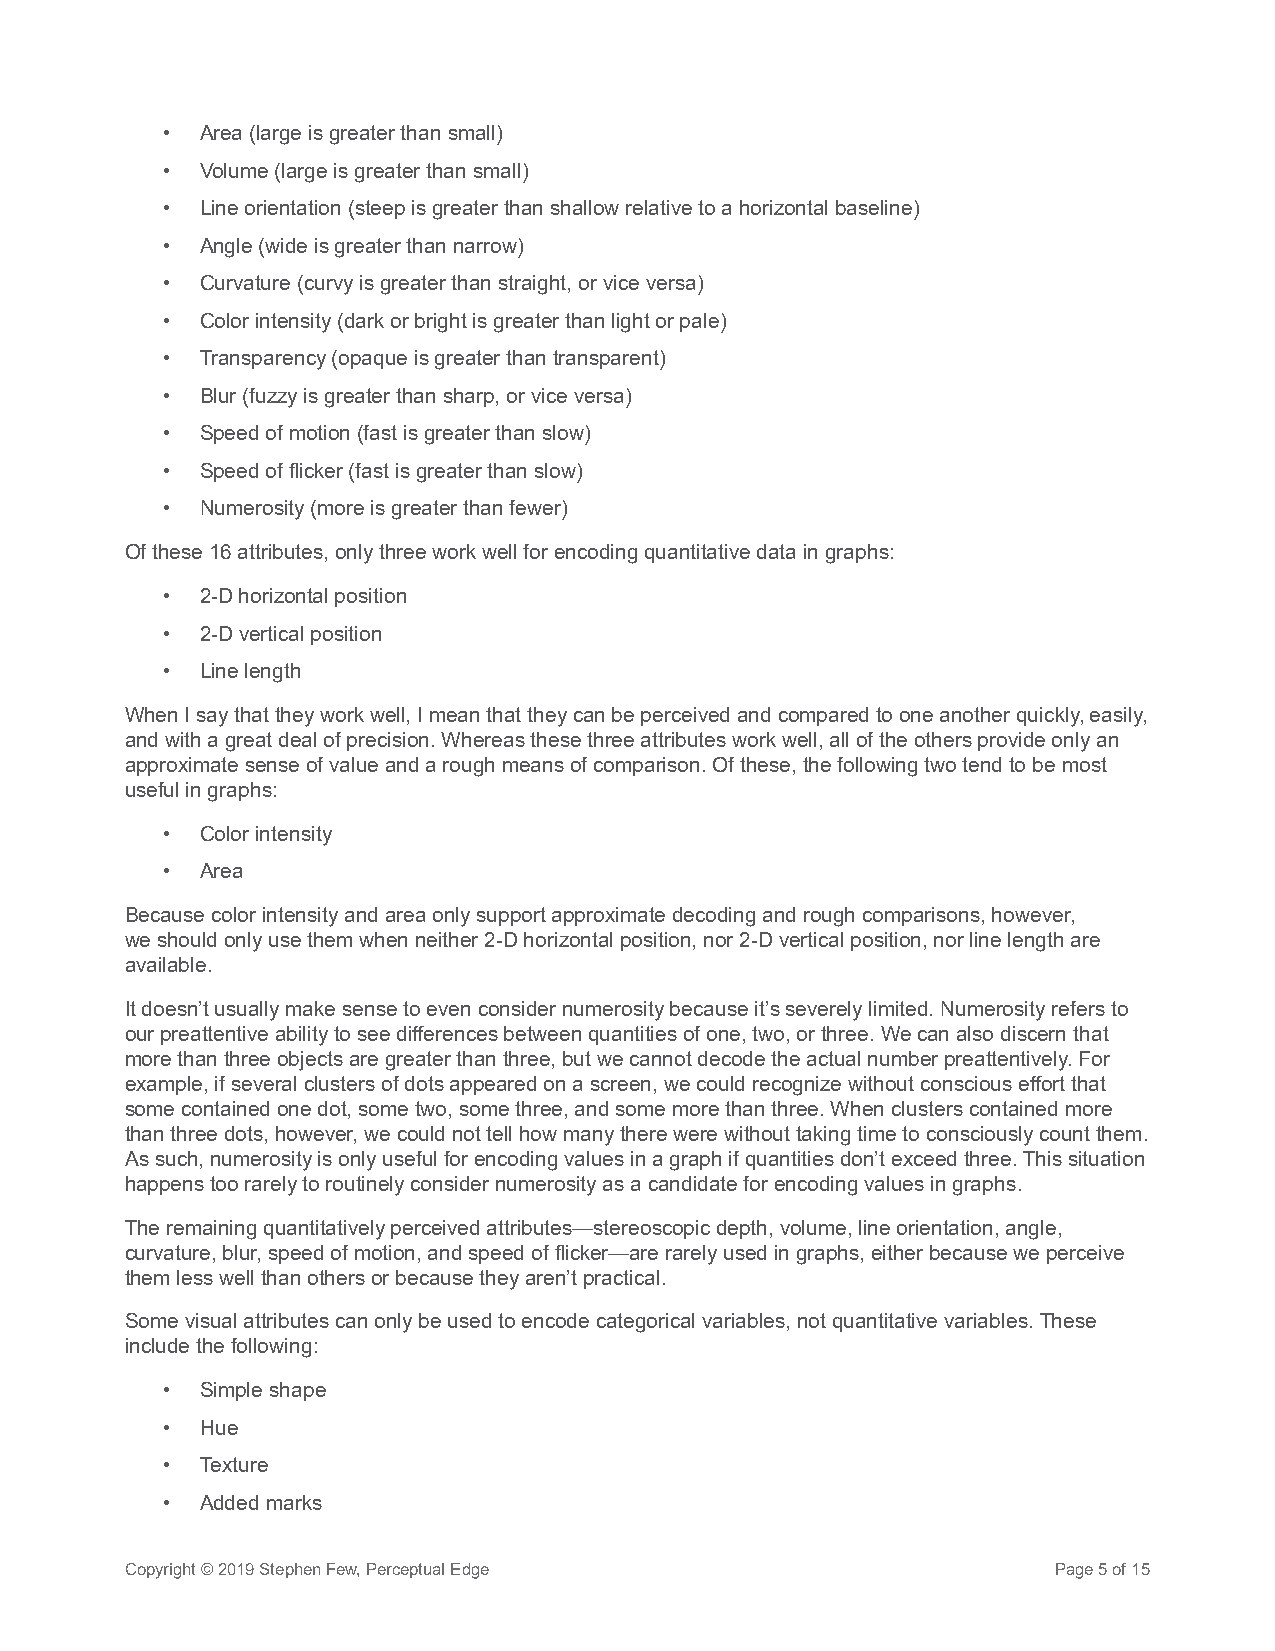
• Area (large is greater than small)
 • Volume (large is greater than small)
 • Line orientation (steep is greater than shallow relative to a horizontal baseline)
 • Angle (wide is greater than narrow)
 • Curvature (curvy is greater than straight, or vice versa)
 • Color intensity (dark or bright is greater than light or pale)
 • Transparency (opaque is greater than transparent)
 • Blur (fuzzy is greater than sharp, or vice versa)
 • Speed of motion (fast is greater than slow)
 • Speed of flicker (fast is greater than slow)
 • Numerosity (more is greater than fewer)
 Of these 16 attributes, only three work well for encoding quantitative data in graphs:
 • 2-D horizontal position
 • 2-D vertical position
 • Line length
 When I say that they work well, I mean that they can be perceived and compared to one another quickly, easily,
 and with a great deal of precision. Whereas these three attributes work well, all of the others provide only an
 approximate sense of value and a rough means of comparison. Of these, the following two tend to be most
 useful in graphs:
 • Color intensity
 • Area
 Because color intensity and area only support approximate decoding and rough comparisons, however,
 we should only use them when neither 2-D horizontal position, nor 2-D vertical position, nor line length are
 available.
 It doesn’t usually make sense to even consider numerosity because it’s severely limited. Numerosity refers to
 our preattentive ability to see differences between quantities of one, two, or three. We can also discern that
 more than three objects are greater than three, but we cannot decode the actual number preattentively. For
 example, if several clusters of dots appeared on a screen, we could recognize without conscious effort that
 some contained one dot, some two, some three, and some more than three. When clusters contained more
 than three dots, however, we could not tell how many there were without taking time to consciously count them.
 As such, numerosity is only useful for encoding values in a graph if quantities don’t exceed three. This situation
 happens too rarely to routinely consider numerosity as a candidate for encoding values in graphs.
 The remaining quantitatively perceived attributes—stereoscopic depth, volume, line orientation, angle,
 curvature, blur, speed of motion, and speed of flicker—are rarely used in graphs, either because we perceive
 them less well than others or because they aren’t practical.
 Some visual attributes can only be used to encode categorical variables, not quantitative variables. These
 include the following:
 • Simple shape
 • Hue
 • Texture
 • Added marks
 Copyright © 2019 Stephen Few, Perceptual Edge                 Page 5 of 15